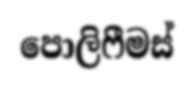
පොලිෆීමස්